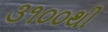
૩૧૦૦થી